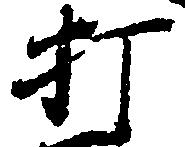
打